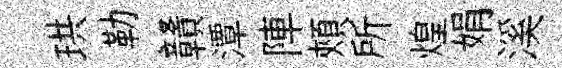
珙勒贛潭陣頰所煌娟溪